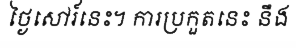
ថ្ងៃសៅរ៍នេះ។ ការប្រកួតនេះ នឹង